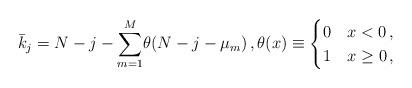
LaTeX: \begin{align*} \bar{k}_j = N-j -\sum_{m=1}^M \! \theta(N -j - \mu_m) \, ,\theta(x) \equiv \begin{cases} 0 & x<0\, , \\ 1 & x\geq 0 \, , \end{cases}\end{align*}